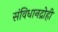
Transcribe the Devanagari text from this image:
संविधानद्रोही